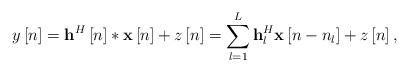
LaTeX: \begin{align*} y\left[ n \right] = {{\bf{h}}^H}\left[ n \right]*{\bf{x}}\left[ n \right] + z\left[ n \right] = \sum\limits_{l = 1}^L {{\bf{h}}_l^H{\bf{x}}\left[ {n - {n_l}} \right]} + z\left[ n \right], \end{align*}